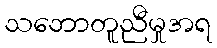
သဘောတူညီမှုအရ